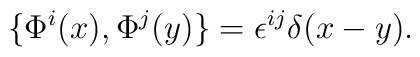
\{\Phi^{i}(x), \Phi^{j}(y)\}=\epsilon^{ij}\delta(x-y).